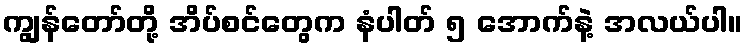
ကျွန်တော်တို့ အိပ်စင်တွေက နံပါတ် ၅ အောက်နဲ့ အလယ်ပါ။